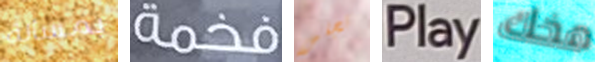
بمسألة فخمة تجلس Play مخك